Plague in India, 1896, 1897 - Volume 1
Year: 1896
Disease focus: Plague
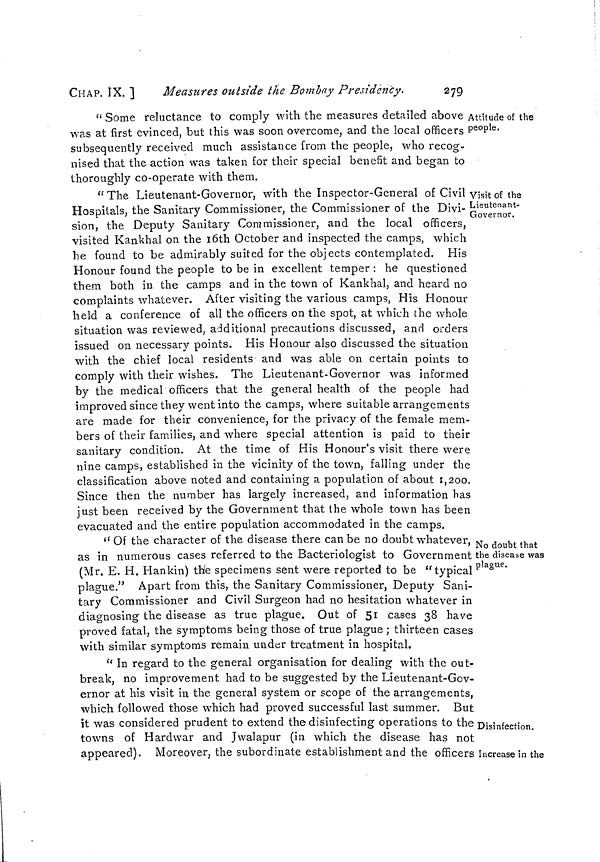
CHAP. IX. ]
Measures outside the Bombay Presidency.
279
Attitude of the
people.
" Some reluctance to comply with the measures detailed above
was at first evinced, but this was soon overcome, and the local officers
subsequently received much assistance from the people, who recog-
nised that the action was taken for their special benefit and began to
thoroughly co-operate with them.
Visit of the
Lieutenant-
Governor,
"The Lieutenant-Governor, with the Inspector-General of Civil
Hospitals, the Sanitary Commissioner, the Commissioner of the Divi-
sion, the Deputy Sanitary Commissioner, and the local officers,
visited Kankhal on the 16th October and inspected the camps, which
he found to be admirably suited for the objects contemplated. His
Honour found the people to be in excellent temper : he questioned
them both in the camps and in the town of Kankhal, and heard no
complaints whatever. After visiting the various camps, His Honour
held a conference of all the officers on the spot, at which the whole
situation was reviewed, additional precautions discussed, and orders
issued on necessary points. His Honour also discussed the situation
with the chief local residents and was able on certain points to
comply with their wishes. The Lieutenant-Governor was informed
by the medical officers that the general health of the people had
improved since they went into the camps, where suitable arrangements
are made for their convenience, for the privacy of the female mem-
bers of their families, and where special attention is paid to their
sanitary condition. At the time of His Honour's visit there were
nine camps, established in the vicinity of the town, falling under the
classification above noted and containing a population of about 1,200.
Since then the number has largely increased, and information has
just been received by the Government that the whole town has been
evacuated and the entire population accommodated in the camps.
No doubt that
the disease was
plague.
" Of the character of the disease there can be no doubt whatever,
as in numerous cases referred to the Bacteriologist to Government
(Mr. E. H. Hankin) the specimens sent were reported to be "typical
plague." Apart from this, the Sanitary Commissioner, Deputy Sani-
tary Commissioner and Civil Surgeon had no hesitation whatever in
diagnosing the disease as true plague. Out of 51 cases 38 have
proved fatal, the symptoms being those of true plague ; thirteen cases
with similar symptoms remain under treatment in hospital.
Disinfection.
Increase in the
" In regard to the general organisation for dealing with the out-
break, no improvement had to be suggested by the Lieutenant-Gov-
ernor at his visit in the general system or scope of the arrangements,
which followed those which had proved successful last summer. But
it was considered prudent to extend the disinfecting operations to the
towns of Hardwar and Jwalapur (in which the disease has not
appeared). Moreover, the subordinate establishment and the officers